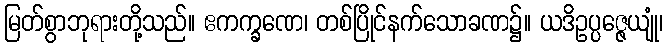
မြတ်စွာဘုရားတို့သည်။ ဧကက္ခဏေ၊ တစ်ပြိုင်နက်သောခဏ၌။ ယဒိဥပ္ပဇ္ဇေယျုံ၊